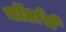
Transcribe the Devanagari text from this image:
वॉर्डाचे